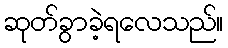
ဆုတ်ခွာခဲ့ရလေသည်။